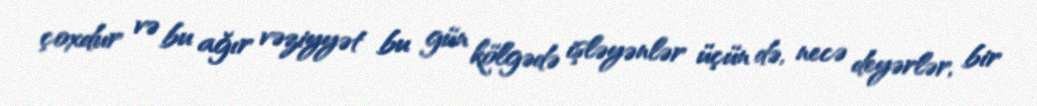
çoxdur və bu ağır vəziyyət bu gün kölgədə işləyənlər üçün də, necə deyərlər, bir